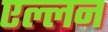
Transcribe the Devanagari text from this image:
एल्लन